Civil Veterinary Department. Madras. Admin. report 1910-25 - 1910-1925
Year: 1910
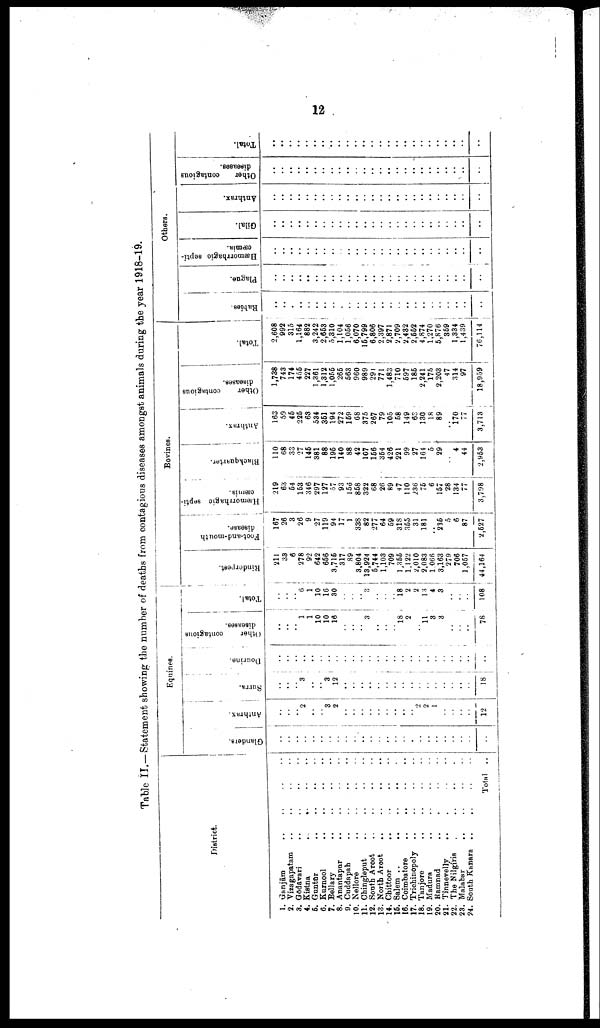
12
Table II.—Statement showing the number of deaths from contagious diseases amongst animals during the year 1918-19.
District.
1. Ganjām .. .. .. ..
2. Vizagapatam .. .. .. ..
3. Gōdāvari .. .. .. ..
4. Kistna
..
..
..
..
5. Guntur .. .. .. ..
6. Kurnool .. .. .. ..
7. Bellary .. .. ..
8. Anantapur .. .. ..
9. Cuddapah
..
..
..
..
10. Nellore
..
..
..
..
11. Chingleput
..
..
..
..
12. South Arcot
..
..
..
..
13. North Arcot
..
..
..
..
14. Chittcor
..
..
..
..
15. Salem .. .. .. ..
16. Coimbatore .. .. .. .. ..
17. Trichinopoly .. .. .. ..
18. Tanjore
..
..
..
..
19. Madura
..
..
..
..
20. Ramnad .. .. .. ..
21. Tinnevelly .. .. .. ..
22. The Nilgiris
..
..
..
..
23. Malabar .. .. .. ..
24. South Kanara .. .. .. ..
Total ..
Equines.
Glanders.
..
..
..
..
..
..
..
..
..
..
..
..
..
..
..
..
..
..
..
..
..
..
..
..
..
Anthrax.
..
..
..
2
..
..
3
2
..
..
..
..
..
..
..
..
..
2
2
1
..
..
..
..
12
Surra.
..
..
..
3
..
..
3
12
..
..
..
..
..
..
..
..
..
..
..
..
..
..
..
..
18
Dourine.
..
..
..
..
..
..
..
..
..
..
..
..
..
..
..
..
..
..
..
..
..
..
..
..
..
Other
contagious
diseases.
..
..
..
1
1
10
10
16
..
..
..
3
..
..
..
18
2
..
11
3
3
..
..
..
78
Total.
..
..
..
6
1
10
16
30
..
..
..
3
..
..
..
18
2
2
13
4
3
..
..
..
108
Bovines.
Rinderpest.
211
33
6
278
92
642
656
3,715
317
89
3,804
13,924
5,744
1,103
709
1,355
1,122
2,010
2,083
1 066
3,163
279
706
1,057
44,164
Foot-and-mouth
disease.
167
26
3
26
9
27
119
94
17
1
338
82
277
64
59
318
355
31
181 |
..
235
5
6
87
2,527
Hæmorrhagic septi
cæmia.
219
63
54
153
346
297
127
57
93
156
858
322
68
26
89
47
110
236
75
6
157
28
134 1
77
3,798
Blackquarter.
110
68
33
27
145
381
88
195
140
88
42
107
156
354
426
221
99
27
164
5
29
..
4
44
2,953
Anthrax.
163
59
45
225
63
534
351
194
272
159
68
375
267
79
105
58
149
63
130
18
89
..
170
77
3,713
Other
contagious
diseases.
1,738
743
174
455
227
1,361
1,312
1,055
265
563
960
989
291
771
1,483
710
597
185
2,241
175
2,203
47
314
97
18,959
Total.
2,608
992
315
1,164
882
3,242
2,653
5,310
1,104
1,056
6,070
15,799
6,806
2,397
2,871
2,709
2,432
2,552
4,874
1,270
5,876
359
1,334
1,439
76,114
Others
Rabies.
..
..
..
..
..
..
..
..
..
..
..
..
..
..
..
..
..
..
..
..
..
..
..
..
..
Plague.
..
..
..
..
..
..
..
..
..
..
..
..
..
..
..
..
..
.. ..
..
..
..
..
..
..
..
Hæmorrbagic septi
cæmia.
..
..
..
..
..
..
..
..
..
..
..
..
..
..
..
..
..
..
..
..
..
..
..
..
..
Gilal.
..
..
..
..
..
..
..
..
..
..
..
..
..
..
..
..
..
..
..
..
..
..
..
..
.
Anthrax.
..
..
..
..
..
..
..
..
..
..
..
..
..
..
..
..
..
..
..
..
..
..
..
..
..
Other
contagious
diseases.
..
..
..
..
..
..
..
..
..
..
..
..
..
..
..
..
..
..
..
..
..
..
..
..
..
Total.
..
..
..
..
..
..
..
..
..
..
..
..
..
..
..
..
..
..
..
..
..
..
..
..
..